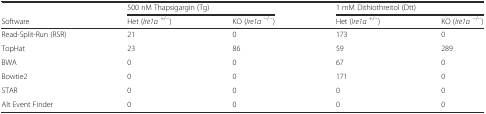
<table><thead><tr><td></td><td colspan="2"><b>500 nM Thapsigargin (Tg)</b></td><td colspan="2"><b>1 mM Dithiothreitol (Dtt)</b></td></tr><tr><td><b>Software</b></td><td><b>Het (<i>Ire1α</i><sup>+/−</sup>)</b></td><td><b>KO (<i>Ire1α</i><sup>−/−</sup>)</b></td><td><b>Het (<i>Ire1α</i><sup>+/−</sup>)</b></td><td><b>KO (<i>Ire1α</i><sup>−/−</sup>)</b></td></tr></thead><tbody><tr><td>Read-Split-Run (RSR)</td><td>21</td><td>0</td><td>173</td><td>0</td></tr><tr><td>TopHat</td><td>23</td><td>86</td><td>59</td><td>289</td></tr><tr><td>BWA</td><td>0</td><td>0</td><td>67</td><td>0</td></tr><tr><td>Bowtie2</td><td>0</td><td>0</td><td>171</td><td>0</td></tr><tr><td>STAR</td><td>0</td><td>0</td><td>0</td><td>0</td></tr><tr><td>Alt Event Finder</td><td>0</td><td>0</td><td>0</td><td>0</td></tr></tbody></table>